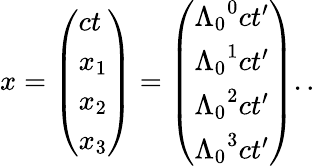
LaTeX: x={\left(\begin{array}{l}{ct}\\ {x_{1}}\\ {x_{2}}\\ {x_{3}}\end{array}\right)}={\left(\begin{array}{l}{{\Lambda_{0}}^{0}ct^{\prime}}\\ {{\Lambda_{0}}^{1}ct^{\prime}}\\ {{\Lambda_{0}}^{2}ct^{\prime}}\\ {{\Lambda_{0}}^{3}ct^{\prime}}\end{array}\right)}..